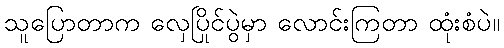
သူပြောတာက လှေပြိုင်ပွဲမှာ လောင်းကြတာ ထုံးစံပဲ။